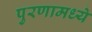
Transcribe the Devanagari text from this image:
पुरणामध्ये